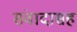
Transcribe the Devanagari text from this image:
संवादासह